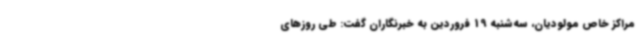
مراکز خاص مولودیان، سه‌شنبه 19 فروردین به خبرنگاران گفت: طی روزهای